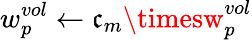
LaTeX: w_{p}^{vol}\leftarrow\mathfrak{c}_{m}\timesw_{p}^{vol}